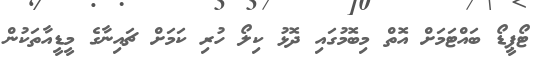
ޓޯޕީޑޯ ބައްޓަމަށް އޮތް މިބޮމުގައި ދޮޅު ކިލޯ ހުރި ކަމަށް ޗައިނާގެ މީޑީއާތަކުން